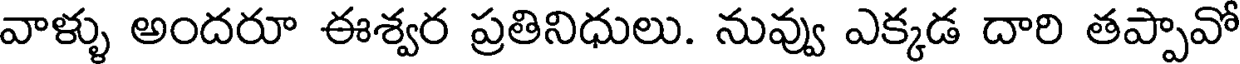
వాళ్ళు అందరూ ఈశ్వర ప్రతినిధులు. నువ్వు ఎక్కడ దారి తప్పావో